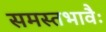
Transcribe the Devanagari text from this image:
समस्तभावैः